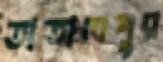
তাতালপুর